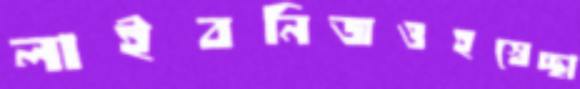
লাইবনিজওহস্বেচ্ছা